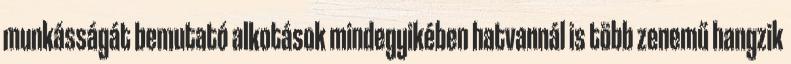
munkásságát bemutató alkotások mindegyikében hatvannál is több zenemű hangzik